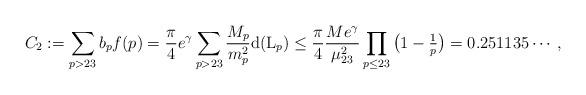
LaTeX: \begin{align*}C_2 :=\sum_{p>23}b_p f(p) = \frac{\pi}{4} e^\gamma \sum_{p> 23}\frac{M_p}{m_p^2}{\rm d}({\rm L}_p) \le \frac{\pi}{4}\frac{Me^\gamma}{\mu_{23}^2} \prod_{p\le 23}\big(1-\tfrac{1}{p}\big) = 0.251135\cdots,\end{align*}